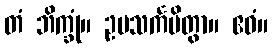
တံ ဘိက္ခုံ။ ဥပသင်္ကမိတွာ။ ဧဝံ။